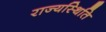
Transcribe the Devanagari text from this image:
राज्यस्थिति